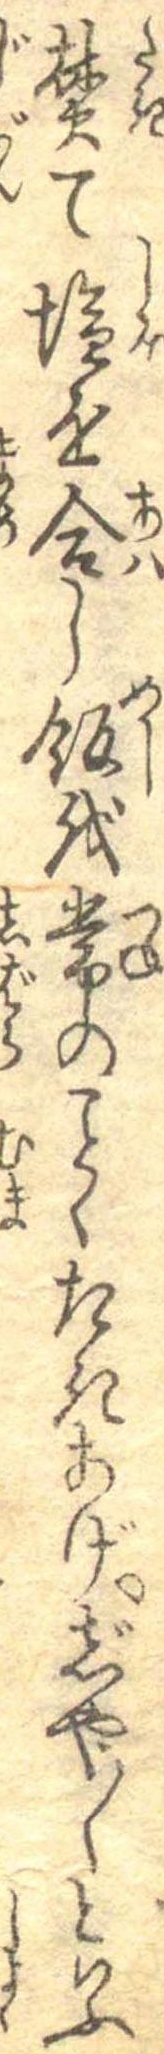
焚て塩を合し飯を常のことくたきあげじや〱といふ